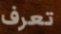
تعرف